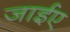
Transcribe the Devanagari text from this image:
जाईए